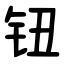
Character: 钮